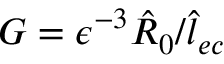
G = \epsilon ^ { - 3 } \hat { R } _ { 0 } / \hat { l } _ { e c }